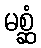
မစ္ဆံ